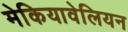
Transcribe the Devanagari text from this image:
मेकियावेलियन